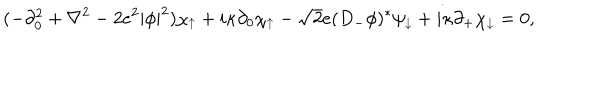
LaTeX: ( - \partial _ { 0 } ^ { 2 } + \nabla ^ { 2 } - 2 e ^ { 2 } | \phi | ^ { 2 } ) \chi _ { \uparrow } + i \kappa \partial _ { 0 } \chi _ { \uparrow } - \sqrt { 2 } e ( D _ { - } \phi ) ^ { * } \psi _ { \downarrow } + i \kappa \partial _ { + } \chi _ { \downarrow } = 0 ,